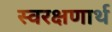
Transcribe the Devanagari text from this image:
स्वरक्षणार्थ